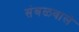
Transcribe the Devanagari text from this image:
संबळवाले